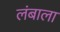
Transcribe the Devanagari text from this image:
लंबाला